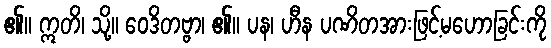
၏။ ဣတိ၊ သို့။ ဝေဒိတဗ္ဗာ၊ ၏။ ပန၊ ဟီန ပဏိတအားဖြင့်မဟောခြင်းကို